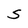
Character: S